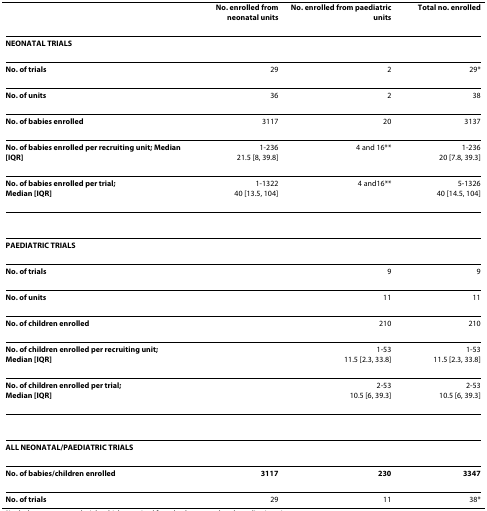
<table><thead><tr><td></td><td><b>No. enrolled from neonatal units</b></td><td><b>No. enrolled from paediatric units</b></td><td><b>Total no. enrolled</b></td></tr></thead><tbody><tr><td><b>NEONATAL TRIALS</b></td><td></td><td></td><td></td></tr><tr><td><b>No. of trials</b></td><td>29</td><td>2</td><td>29*</td></tr><tr><td><b>No. of units</b></td><td>36</td><td>2</td><td>38</td></tr><tr><td><b>No. of babies enrolled</b></td><td>3117</td><td>20</td><td>3137</td></tr><tr><td><b>No. of babies enrolled per recruiting unit; Median [IQR]</b></td><td>1-23621.5 [8, 39.8]</td><td>4 and 16**</td><td>1-23620 [7.8, 39.3]</td></tr><tr><td><b>No. of babies enrolled per trial;</b><b>Median [IQR]</b></td><td>1-132240 [13.5, 104]</td><td>4 and16**</td><td>5-132640 [14.5, 104]</td></tr><tr><td><b>PAEDIATRIC TRIALS</b></td><td></td><td></td><td></td></tr><tr><td><b>No. of trials</b></td><td></td><td>9</td><td>9</td></tr><tr><td><b>No. of units</b></td><td></td><td>11</td><td>11</td></tr><tr><td><b>No. of children enrolled</b></td><td></td><td>210</td><td>210</td></tr><tr><td><b>No. of children enrolled per recruiting unit;</b><b>Median [IQR]</b></td><td></td><td>1-5311.5 [2.3, 33.8]</td><td>1-5311.5 [2.3, 33.8]</td></tr><tr><td><b>No. of children enrolled per trial;</b><b>Median [IQR]</b></td><td></td><td>2-5310.5 [6, 39.3]</td><td>2-5310.5 [6, 39.3]</td></tr><tr><td><b>ALL NEONATAL/PAEDIATRIC TRIALS</b></td><td></td><td></td><td></td></tr><tr><td><b>No. of babies/children enrolled</b></td><td><b>3117</b></td><td><b>230</b></td><td><b>3347</b></td></tr><tr><td><b>No. of trials</b></td><td>29</td><td>11</td><td>38*</td></tr></tbody></table>